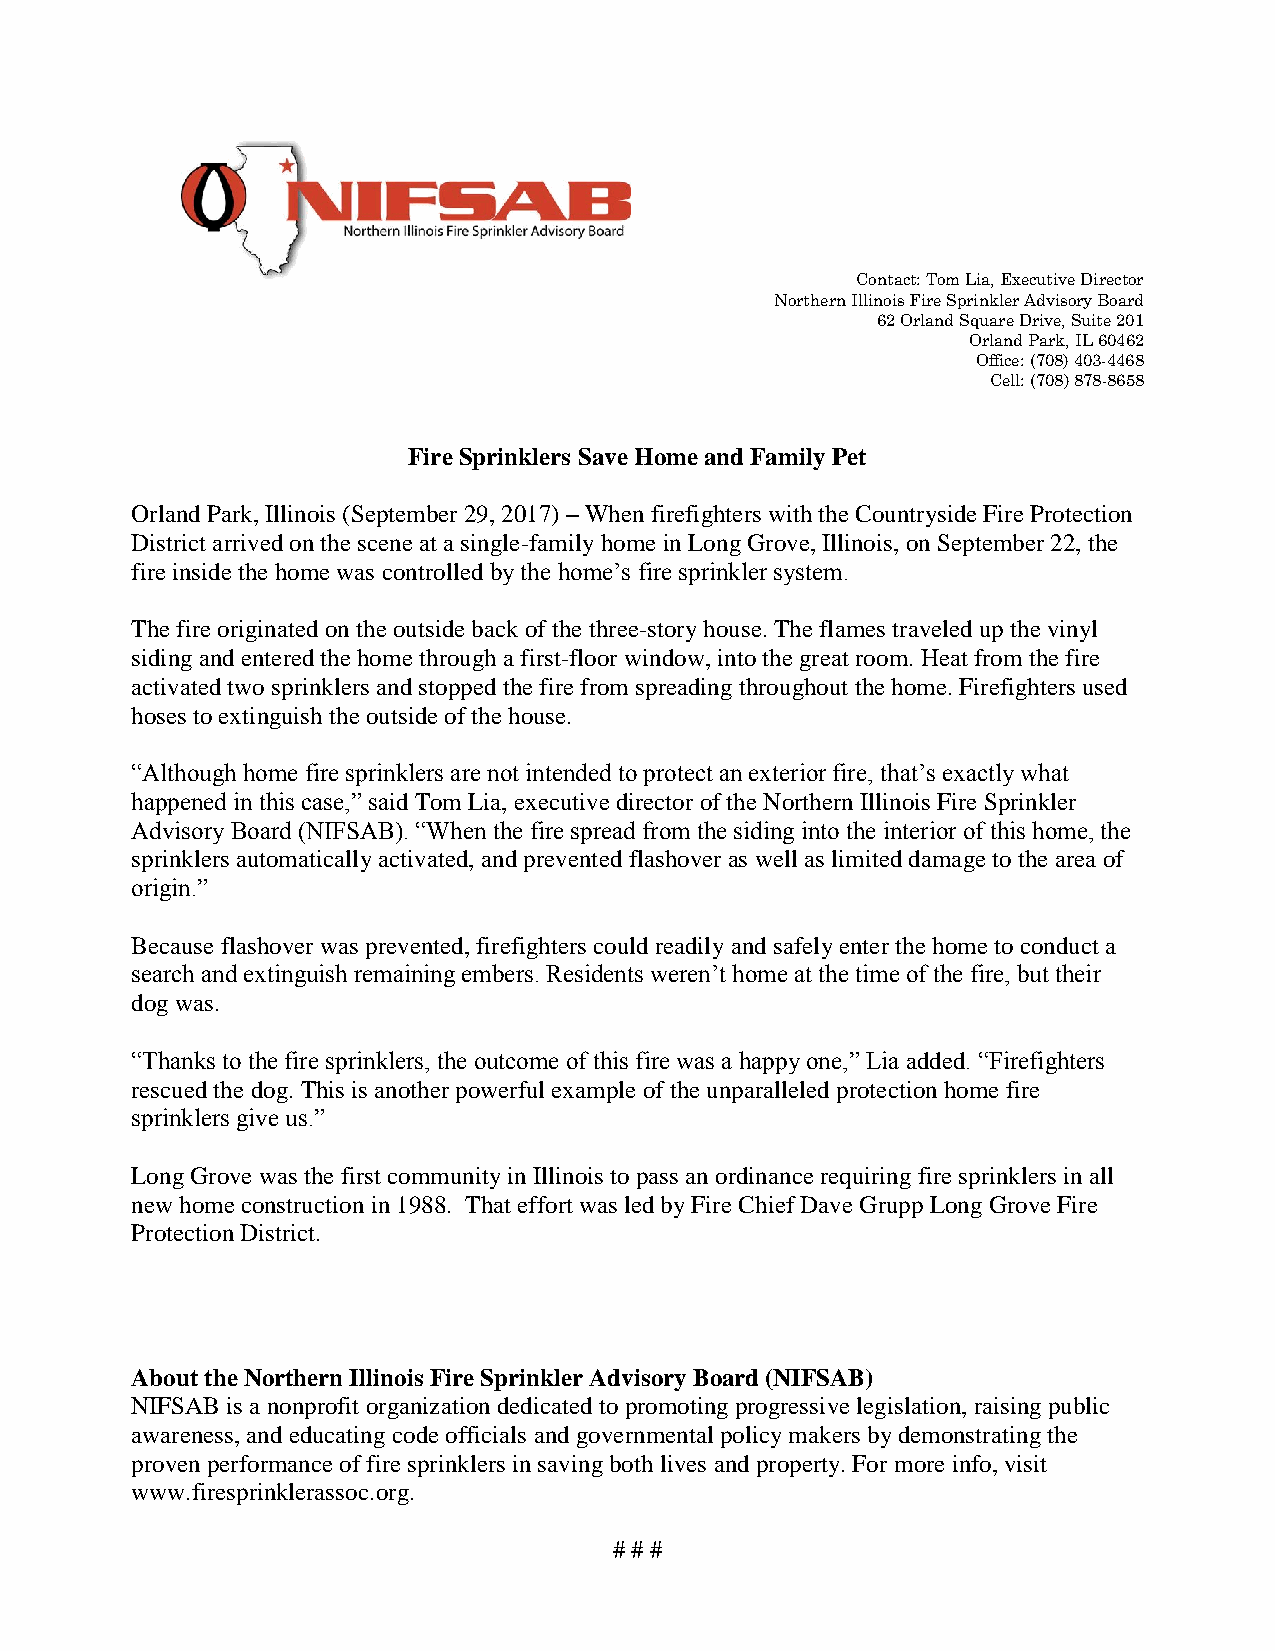
Contact: Tom Lia, Executive Director
 Northern Illinois Fire Sprinkler Advisory Board
 62 Orland Square Drive, Suite 201
 Orland Park, IL 60462
 Office: (708) 403-4468
 Cell: (708) 878-8658
 Fire Sprinklers Save Home and Family Pet
 Orland Park, Illinois (September 29, 2017) – When firefighters with the Countryside Fire Protection
 District arrived on the scene at a single-family home in Long Grove, Illinois, on September 22, the
 fire inside the home was controlled by the home’s fire sprinkler system.
 The fire originated on the outside back of the three-story house. The flames traveled up the vinyl
 siding and entered the home through a first-floor window, into the great room. Heat from the fire
 activated two sprinklers and stopped the fire from spreading throughout the home. Firefighters used
 hoses to extinguish the outside of the house.
 “Although home fire sprinklers are not intended to protect an exterior fire, that’s exactly what
 happened in this case,” said Tom Lia, executive director of the Northern Illinois Fire Sprinkler
 Advisory Board (NIFSAB). “When the fire spread from the siding into the interior of this home, the
 sprinklers automatically activated, and prevented flashover as well as limited damage to the area of
 origin.”
 Because flashover was prevented, firefighters could readily and safely enter the home to conduct a
 search and extinguish remaining embers. Residents weren’t home at the time of the fire, but their
 dog was.
 “Thanks to the fire sprinklers, the outcome of this fire was a happy one,” Lia added. “Firefighters
 rescued the dog. This is another powerful example of the unparalleled protection home fire
 sprinklers give us.”
 Long Grove was the first community in Illinois to pass an ordinance requiring fire sprinklers in all
 new home construction in 1988. That effort was led by Fire Chief Dave Grupp Long Grove Fire
 Protection District.
 About the Northern Illinois Fire Sprinkler Advisory Board (NIFSAB)
 NIFSAB is a nonprofit organization dedicated to promoting progressive legislation, raising public
 awareness, and educating code officials and governmental policy makers by demonstrating the
 proven performance of fire sprinklers in saving both lives and property. For more info, visit
 www.firesprinklerassoc.org.
 # # #